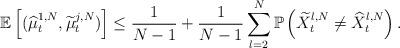
LaTeX: \begin{align*}\mathbb E \left[ (\widehat{\mu}^{1,N}_t,\widetilde{\mu}^{j,N}_t) \right]\leq \frac{1}{N-1}+ \frac{1}{N-1}\sum_{l=2}^N \mathbb{P}\left(\widetilde{X}^{l,N}_t\neq \widehat{X}^{l,N}_t\right).\end{align*}